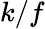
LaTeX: k/f